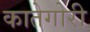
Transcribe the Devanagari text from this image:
कातेगोरी